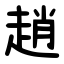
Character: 趙